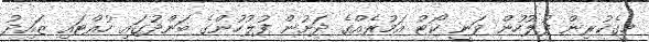
މީގެކުރިން ފުލުހުން ވަނީ ކޯޓު އަމުރެއްގެ ދަށުން ފުލުހުންގެ ބަންދުގައި ހުއްޓައި ޒައިދު